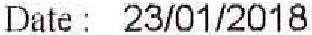
DATE : 23/01/2018